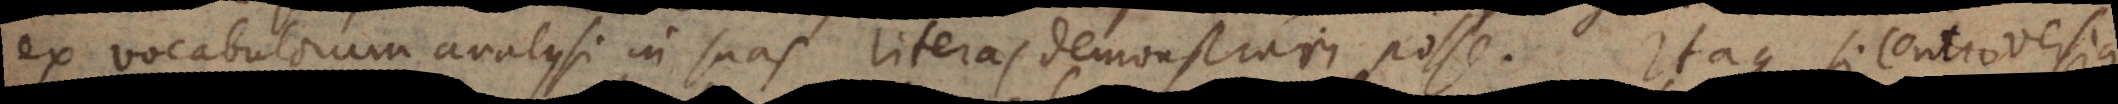
ex vocabulorum analysi in suas literas demonstrari posse. Itaque si controversia